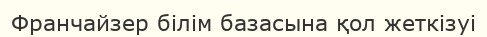
Франчайзер білім базасына қол жеткізуі